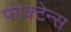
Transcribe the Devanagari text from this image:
फोक्टेन्स